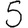
Digit: 5